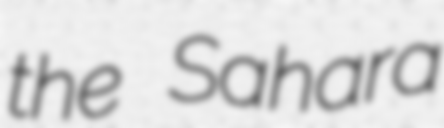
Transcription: the Sahara